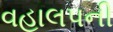
વહાલપની